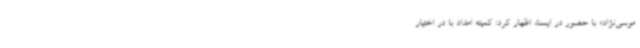
موسی‌نژاد» با حضور در ایسنا، اظهار کرد: کمیته امداد با در اختیار